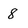
Character: 8